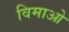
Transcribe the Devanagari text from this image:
विमाओ